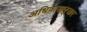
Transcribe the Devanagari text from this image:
अधिवासानुसार